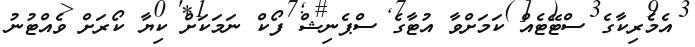
އެމެރިކާގެ ސްޓޭޓެއް ކަމަށްވާ އުޓާގެ ސްޕެނިޝް ފޯކް ނަމަކަށް ކިޔާ ކޯރަށް ވެއްޓުނު